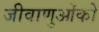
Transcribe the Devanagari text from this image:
जीवाणुओंको